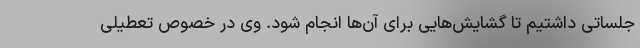
جلساتی داشتیم تا گشایش‌هایی برای آن‌ها انجام شود. وی در خصوص تعطیلی